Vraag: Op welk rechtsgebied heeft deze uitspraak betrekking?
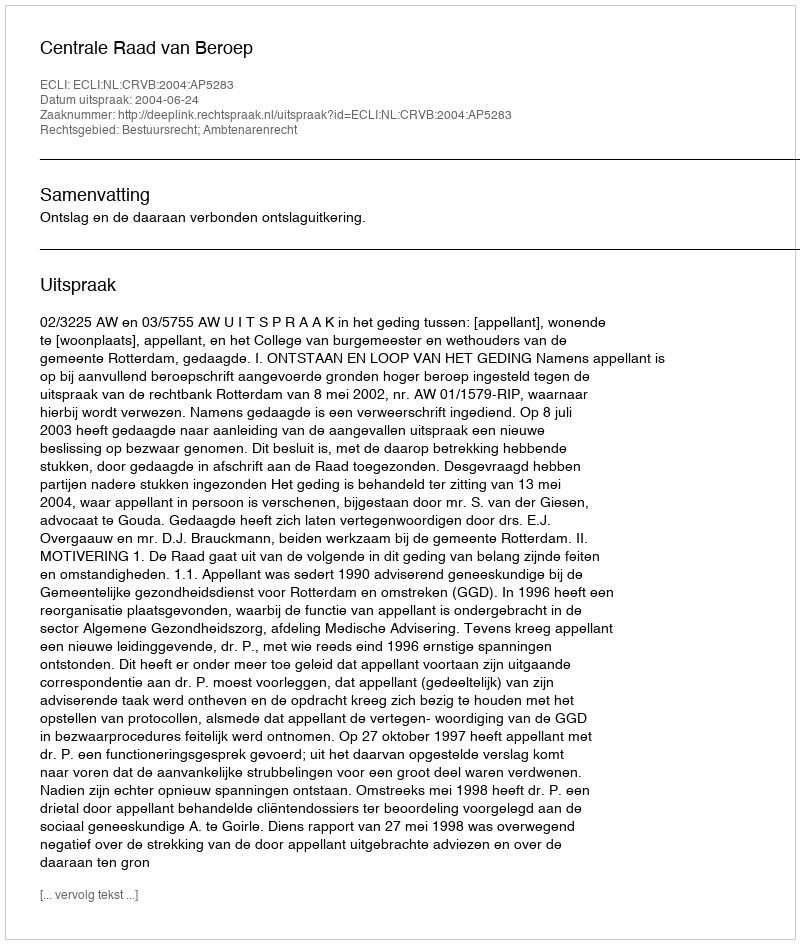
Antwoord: Bestuursrecht; Ambtenarenrecht